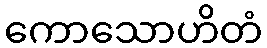
ကောသောဟိတံ